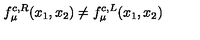
f _ { \mu } ^ { c , R } ( x _ { 1 } , x _ { 2 } ) \neq f _ { \mu } ^ { c , L } ( x _ { 1 } , x _ { 2 } )